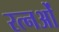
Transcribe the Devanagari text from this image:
रत्नओं